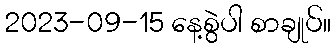
2023-09-15 နေ့စွဲပါ စာချုပ်။